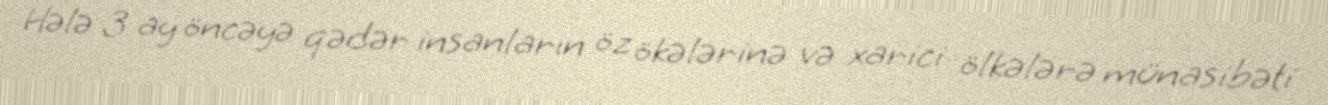
Hələ 3 ay öncəyə qədər insanların öz ökələrinə və xarici ölkələrə münasibəti